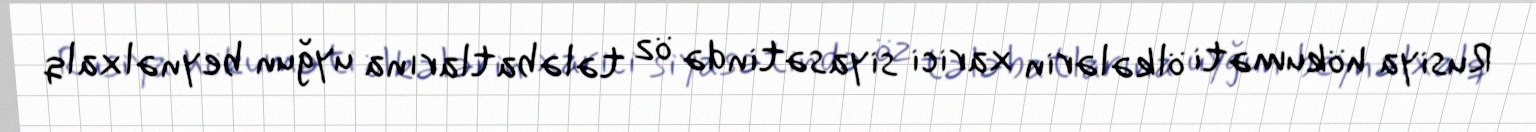
Rusiya hökuməti ölkələrin xarici siyasətində öz tələbatlarına uyğun beynəlxalq